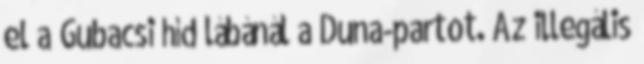
el a Gubacsi híd lábánál a Duna-partot. Az illegális